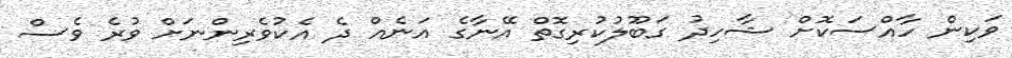
ވަކިން ހާއްސަކޮށް ޝާހިދު ގަބޫލުކުރިގޮތް އޭނާގެ އަނެއް ދެ އެކުވެރިންނަށް ވުރެ ވެސް